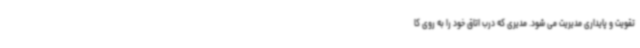
تقویت و پایداری مدیریت می شود. مدیری که درب اتاق خود را به روی کا